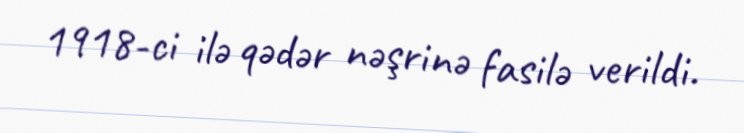
1918-ci ilə qədər nəşrinə fasilə verildi.